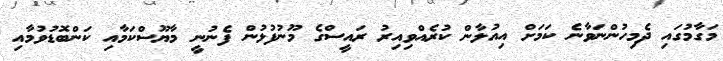
މަގާމުގައި ދެމިހުންނަވާނެ ކަމަށް އިއުލާން ކުރެއްވިއިރު ރައީސްގެ މޫނުފުޅުން ފެނުނީ މާޔޫސްކަމާއި ކަންބޮޑުވުމާއި